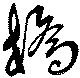
橋